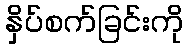
နှိပ်စက်ခြင်းကို